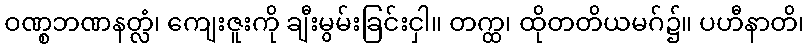
ဝဏ္စဘဏနတ္လံ၊ ကျေးဇူးကို ချီးမွမ်းခြင်းငှါ။ တက္ထ၊ ထိုတတိယမဂ်၌။ ပဟီနာတိ၊